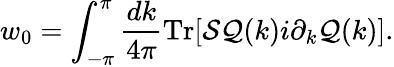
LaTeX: w_{0}=\int_{-\pi}^{\pi}\frac{dk}{4\pi}\mathrm{Tr}[{\cal S}{\cal Q}(k)i\partial_{k}{\cal Q}(k)].